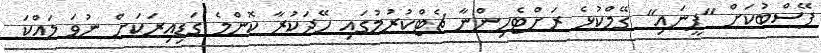
ފޭސްބުކަށް "ފީނައި" ގޭމްކުޅެ ރަށްޓެހިންނާ ޗެޓްކުރުމުގައި ހޭދަކުރާ ކޮންމެ ގަޑިއިރަކަށް ނުވަ ލައްކަ